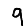
Digit: 9